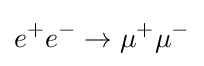
e^{+}e^{-}\to \mu ^{+}\mu ^{-}